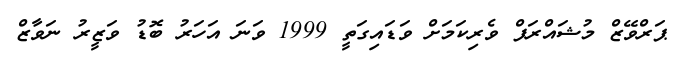
ޕަރްވޭޒް މުޝައްރަފް ވެރިކަމަށް ވަޑައިގަތީ 1999 ވަނަ އަހަރު ބޮޑު ވަޒީރު ނަވާޒް